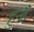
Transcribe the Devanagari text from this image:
हुजै